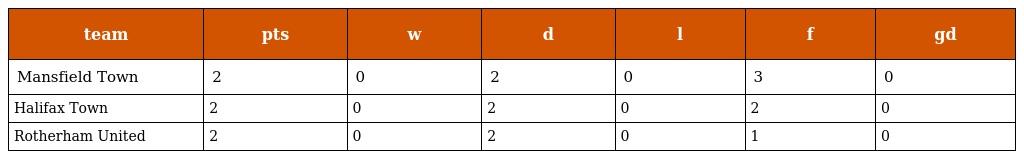
| team | pts | w | d | l | f | gd |
 | --- | --- | --- | --- | --- | --- | --- |
 | Mansfield Town | 2 | 0 | 2 | 0 | 3 | 0 |
 | Halifax Town | 2 | 0 | 2 | 0 | 2 | 0 |
 | Rotherham United | 2 | 0 | 2 | 0 | 1 | 0 |